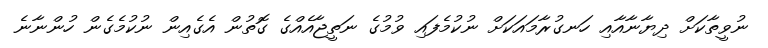
ނުވީތާކަށް ދިޔާނާއާއި ހަނގުރާމައަކަށް ނުކުމެފައި ވުމުގެ ނަތީޖާއެއްގެ ގޮތުން އެގެއިން ނުކުމެގެން ހުންނާނެ